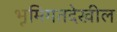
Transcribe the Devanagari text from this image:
भूमिगतदेखील